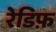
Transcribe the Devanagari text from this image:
रेडिफ़